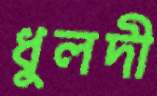
ধুলদী